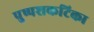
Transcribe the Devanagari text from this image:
पुष्पशकटिका